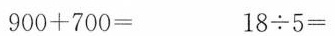
900+700= 18÷5=